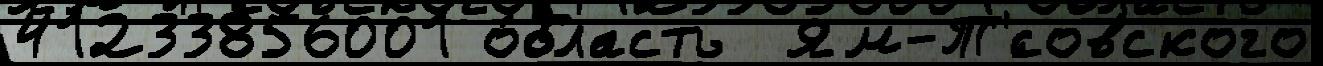
41233856001 о́бласть  Ям-Т'́совского